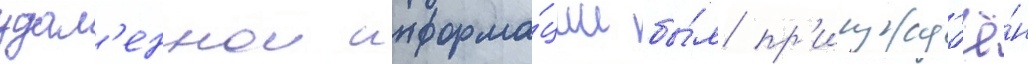
удал'еннои информа́ции бы́л пр'исужд'ё́н